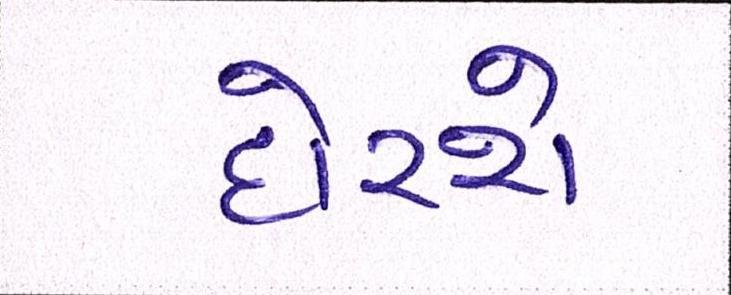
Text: દોરશે